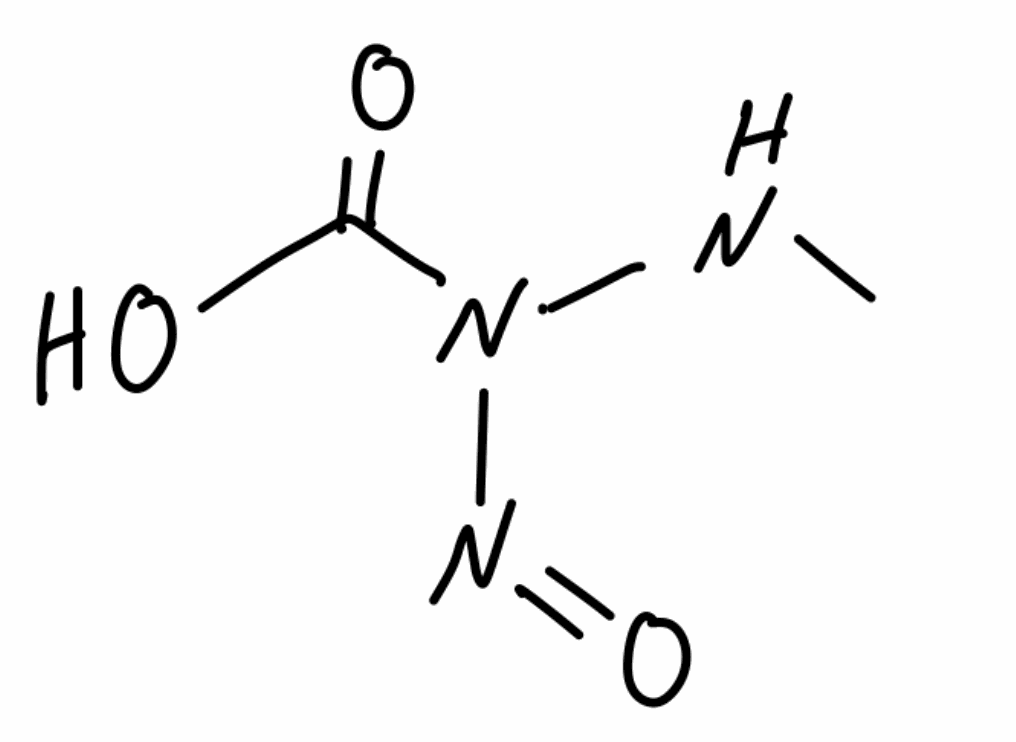
Simplified molecular-input line-entry system (SMILES) notation of the given molecule:
CNN(C(=O)O)N=O